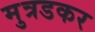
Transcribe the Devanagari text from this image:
मुत्रडकर